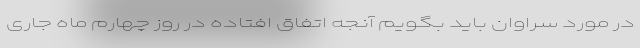
در مورد سراوان باید بگویم آنجه اتفاق افتاده در روز چهارم ماه جاری